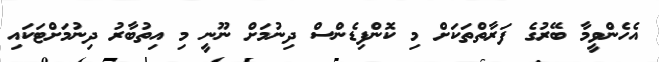
އެހެންވީމާ ބޭރުގެ ފަރާތްތަކަށް މި ކޮންފިޑެންސް ދިނުމަށް ނޫނީ މި އިތުބާރު ދިނުމަށްޓަކައި